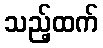
သည့်ထက်